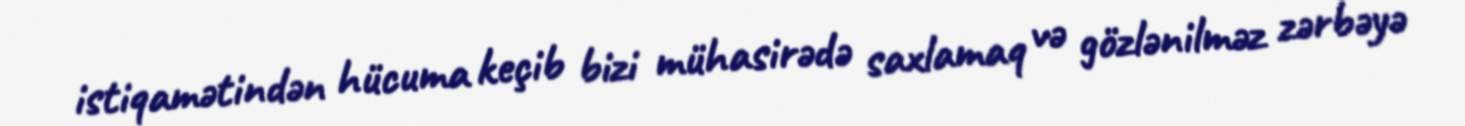
istiqamətindən hücuma keçib bizi mühasirədə saxlamaq və gözlənilməz zərbəyə